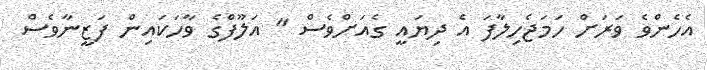
އެހެންވެ ވަރަށް ހަމަޖެހިލާފަ އެ ދިޔައީ ގެއަށްވެސް " އަލޫފްގެ ވާހަކައިން ފަޒީނާވެސް